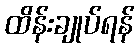
ထိန်းချုပ်ရန်